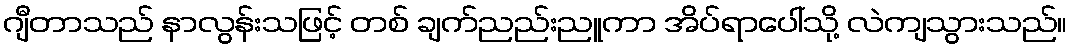
ဂျီတာသည် နာလွန်းသဖြင့် တစ် ချက်ညည်းညူကာ အိပ်ရာပေါ်သို့ လဲကျသွားသည်။